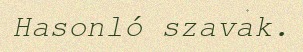
Hasonló szavak.